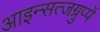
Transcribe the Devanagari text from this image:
आइन्सत्जग्रुप्पें